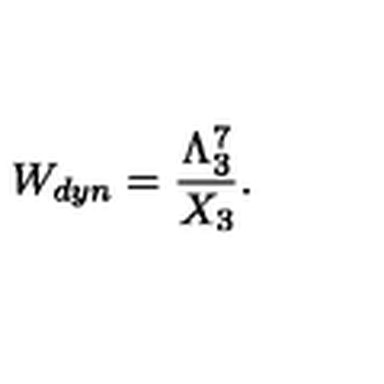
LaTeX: W _ { d y n } = { \frac { \Lambda _ { 3 } ^ { 7 } } { X _ { 3 } } } .